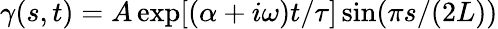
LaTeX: \gamma(s,t)=A\exp[(\alpha+i\omega)t/\tau]\sin(\pi s/(2L))